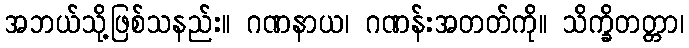
အဘယ်သို့ဖြစ်သနည်း။ ဂဏနာယ၊ ဂဏန်းအတတ်ကို။ သိက္ခိတတ္တာ၊